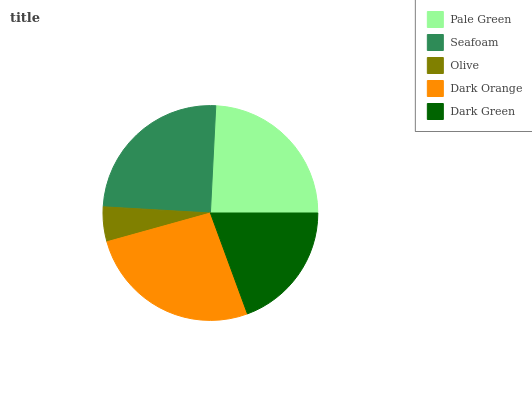
| Pale Green | Seafoam | Olive | Dark Orange | Dark Green |
 | --- | --- | --- | --- | --- |
 | 24.2% | 24.8% | 5.24% | 26.3% | 19.4% |